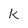
Character: k